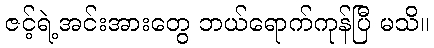
ဇင့်ရဲ့အင်းအားတွေ ဘယ်ရောက်ကုန်ပြီ မသိ။